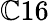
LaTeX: \mathbb{C}16